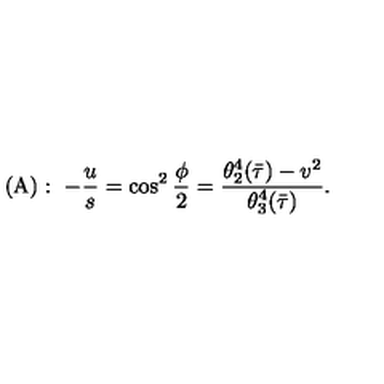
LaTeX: ( \mathrm { A } ) : \ - { \frac { u } { s } } = \cos ^ { 2 } { \frac { \phi } { 2 } } = { \frac { \theta _ { 2 } ^ { 4 } ( \bar { \tau } ) - v ^ { 2 } } { \theta _ { 3 } ^ { 4 } ( \bar { \tau } ) } } .